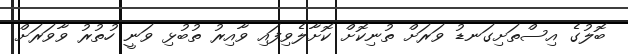
ބޮލުގެ އިސްތަށިގަނޑު ވަރަށް ތުނިކޮށް ކޮށާލެވިފައި ވާއިރު ތުބުޅި ވަނީ ހުތުރު ވާވަރަށް